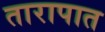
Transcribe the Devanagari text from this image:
तारापात